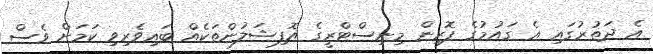
އެ ދަތުރުގައި އެ ގައުމުގެ ފޮރިން މިނިސްޓްރީގެ އޮފިޝަލުންތަކެއް ބައިވެރިވި ކަމަށް ވެސް